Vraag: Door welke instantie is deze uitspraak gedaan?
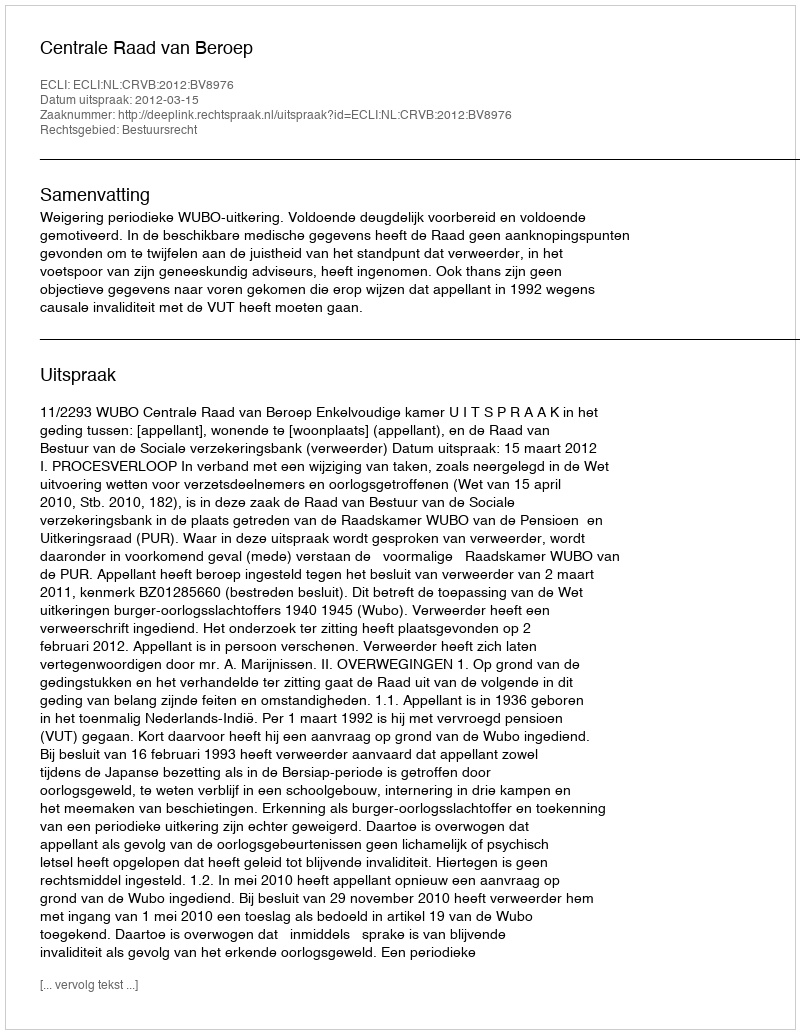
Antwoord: Centrale Raad van Beroep